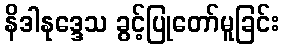
နိဒါနုဒ္ဒေသ ခွင့်ပြုတော်မူခြင်း